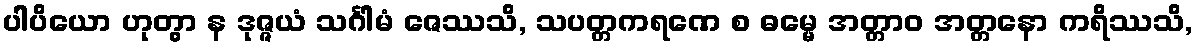
ပါပိယော ဟုတွာ န ဒုဇ္ဇယံ သင်္ဂါမံ ဇေဿသိ, သပတ္တကရဏေ စ ဓမ္မေ အတ္တာဝ အတ္တနော ကရိဿသိ,